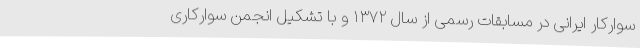
سوارکار ایرانی در مسابقات رسمی از سال ۱۳۷۲ و با تشکیل انجمن سوارکاری